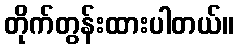
တိုက်တွန်းထားပါတယ်။